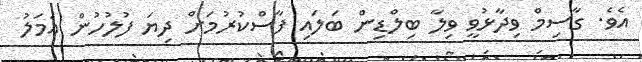
އެވެ. ގާސިމް ވިދާޅުވީ ވިލާ ބިލްޑިން ބަލައި ފާސްކުރުމަށް ދިޔަ ފުލުހުން އަމަލު